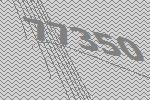
77350